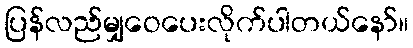
ပြန်လည်မျှဝေပေးလိုက်ပါတယ်နော်။